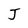
Character: J